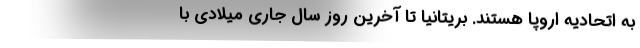
به اتحادیه اروپا هستند. بریتانیا تا آخرین روز سال جاری میلادی با